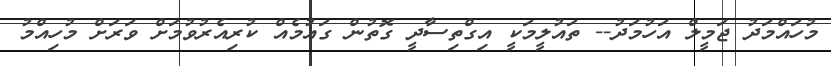
މުހައްމަދު ޖަމީލް އަހުމަދު-- ތައުލީމަކީ އިގްތިސާދީ ގޮތުން ގައުމެއް ކުރިއެރުވުމަށް ވަރަށް މުހިއްމު